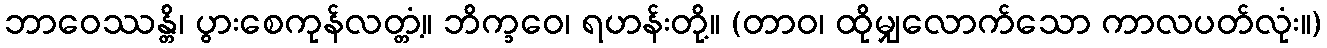
ဘာဝေဿန္တိ၊ ပွားစေကုန်လတ္တံ့။ ဘိက္ခဝေ၊ ရဟန်းတို့။ (တာဝ၊ ထိုမျှလောက်သော ကာလပတ်လုံး။)